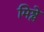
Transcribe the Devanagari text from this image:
मिश्ले